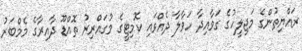
ރައްޔިތުންގެ މަޖިލީހުގެ ގަވާއިދާ ހަވާލާ ދެއްވައި ކޮމިޓީގެ މުގައްރިރު ތޮއްޑޫ ދާއިރާގެ މެމްބަރު